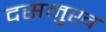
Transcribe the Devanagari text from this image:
दसमुख